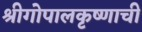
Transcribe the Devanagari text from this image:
श्रीगोपालकृष्णाची